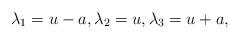
LaTeX: \begin{align*}\lambda_1=u-a,\lambda_2=u, \lambda_3=u+a,\end{align*}